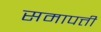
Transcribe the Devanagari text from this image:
समापत्ती